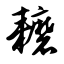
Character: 耱